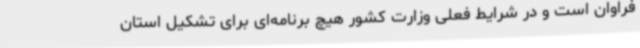
فراوان است و در شرایط فعلی وزارت کشور هیچ برنامه‌ای برای تشکیل استان